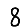
Digit: 8